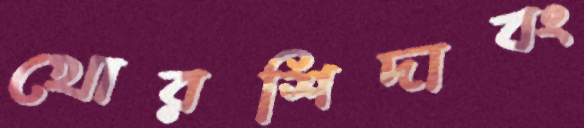
খোরশিদাবং